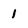
Character: 1